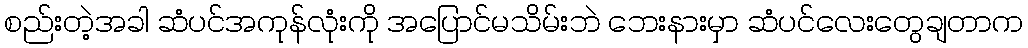
စည်းတဲ့အခါ ဆံပင်အကုန်လုံးကို အပြောင်မသိမ်းဘဲ ဘေးနားမှာ ဆံပင်လေးတွေချတာက